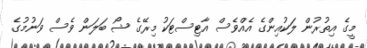
މީގެ އިތުރުން ލަކުއިންގެ އެއްވެސް އާޓިސްޓަކު މިރޭގެ ޝޯ ބަލަން ވެސް ވަނުމުގެ